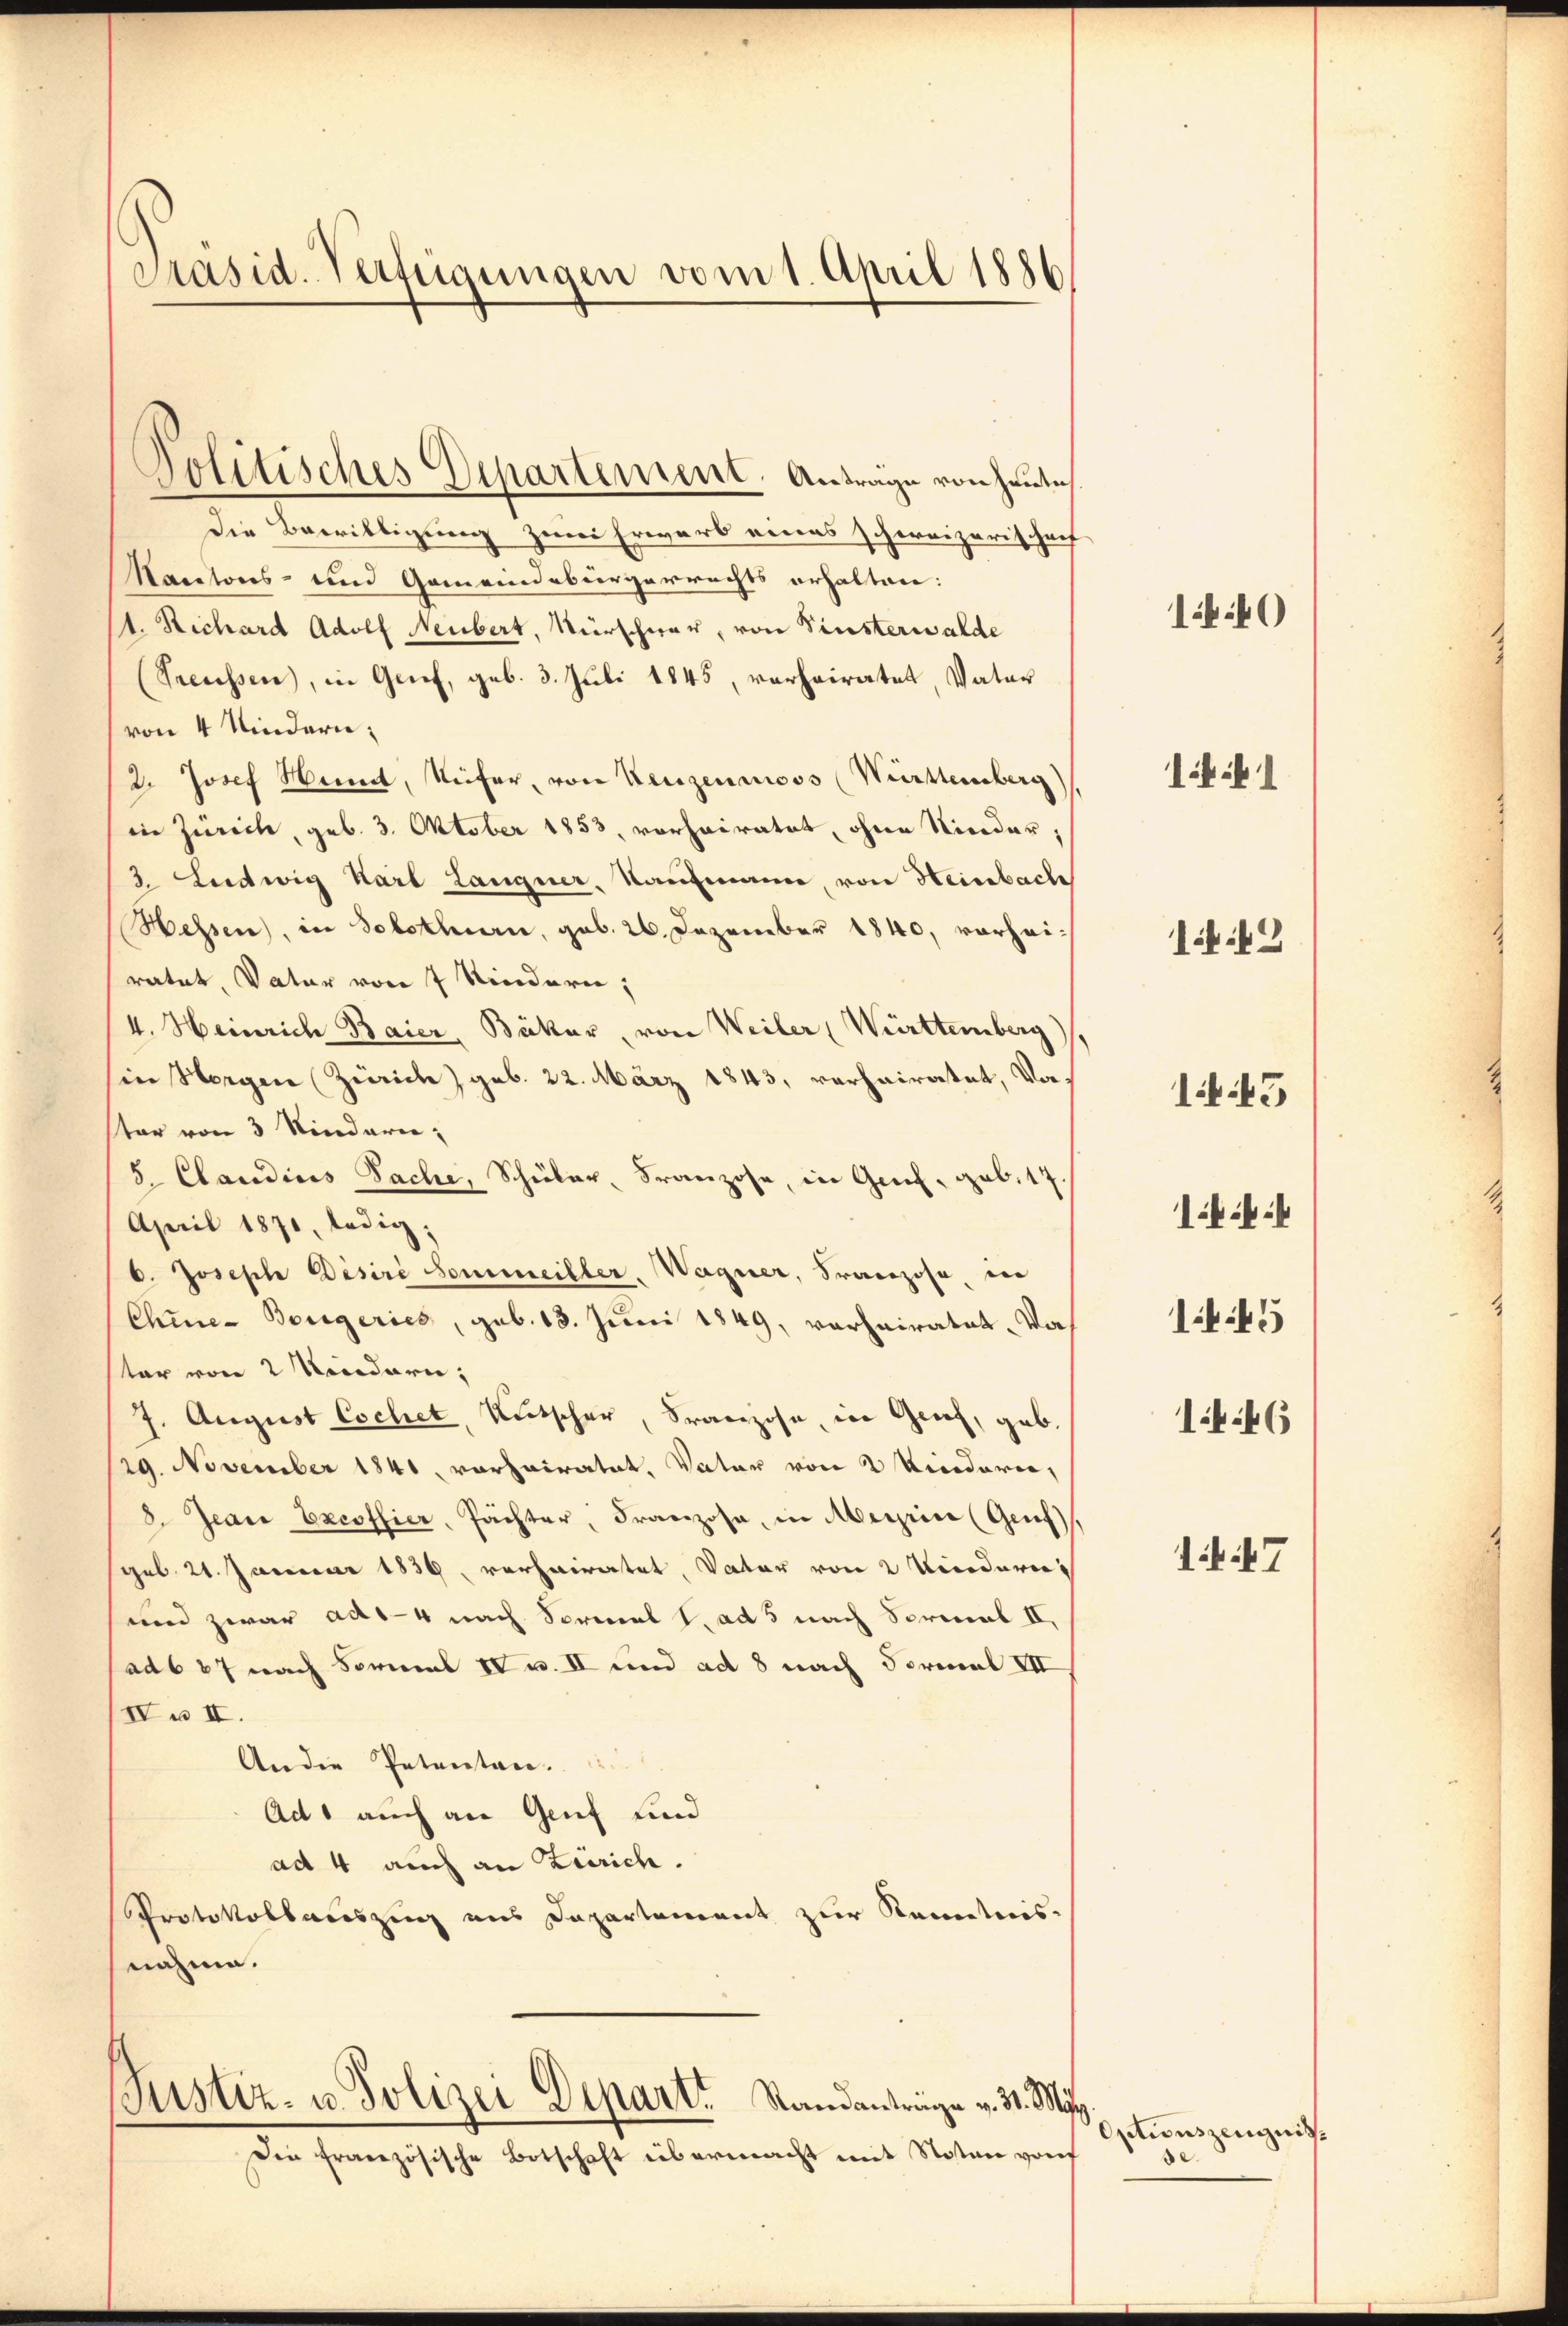
Präsid. Verfügungen vom 1. April 1886

Die Bewilligung zum Erwarb eines schweizerischaf
Nantons- und Gemeindebürgerrechts erhalten:
1. Richard Adolf Neubert, Nürschwer, von Vinsterwalde
(Preussen), in Genf, geb. 3. Juli 1845, verheiratet, Vater
von 4 Kindern:
2. Josef Samt, Reifer, von Kenzenmoos (Württemberg)
in Zürich, geb. 3. Oktober 1853, vorheiratet, ohne Nieder,
3. Ludwig Karl Langner, Kaufmann von Heinbach
Hessen, in Solothurn, geb. 26. Dezember 1840, vorheiratet, Vater von 7 Kindern;
4. Heinrich Baier, Bäker, von Weiler Württemberg)
in Horgen (Zürich) geb. 22. März 1843, verhairatet, Vorter von 3 Kindere
8. Claudius Sache, Schüler, Franzose, in Genf, geb. 17.
April 1871, ledig,
b. Joseph Désire Sommeiller. Wagner, Franzose, in
Chine-Borgeries, geb. 13. Juni 1849, verheiratet. Was
ter von 2 Kindern;
J. August Cochet, Rutscher, Franzose, in Genf, gab,
29. November 1841 vorhairatet, Vater von 2 Vicidarin,
8. Jean Excossier, Pächter, Franzose, in Meyrin (Genf,
geb. 21. Januar 1836. verheiratet, Vater von 2 Kindern
und zwar ad 1. 4 nach Sormal l. ad 5 nach Serial II,
ad 687 nach Formal IV u. II und ad 8 nach Formal VII
IV u. II.
An die Petenten.
Ad 1 auch an Genf und
ad 4 auch an Zürich.
Protokollauszug aus Departement zur Kenntnis.
nahme.

Politisches Departement. Antrage von Heute

Justiz- u. Polizei Depart. Randantrige v. 31. May

Die französische Botschaft übermacht mit Notar von

140

1:41

k

142

15

145

1:46

147

actionszeugnis
de.